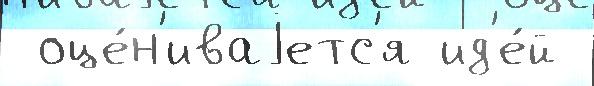
 оце́н'иваjетс'я ид'е́й